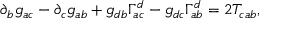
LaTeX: \partial _ { b } g _ { a c } - \partial _ { c } g _ { a b } + g _ { d b } \Gamma _ { a c } ^ { d } - g _ { d c } \Gamma _ { a b } ^ { d } = 2 T _ { c a b } ,